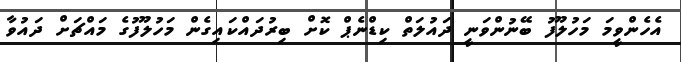
އެހެންވީމަ މަހުލޫފު ބޭނުންވަނީ ދައުލަތް ކިޑްނެޕް ކޮށް ބިރުދައްކައިގެން މަހުލޫފުގެ މައްޗަށް ދައުވާ